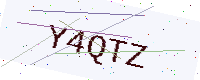
Text: Y4QTZ